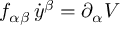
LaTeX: f _ { \alpha \beta } \, \dot { y } ^ { \beta } = \partial _ { \alpha } V